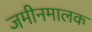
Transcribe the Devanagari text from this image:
जमीनमालक